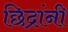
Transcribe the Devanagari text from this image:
छिद्रांनी